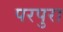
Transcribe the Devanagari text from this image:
परपुरा